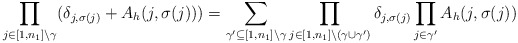
\begin{align*}\prod\limits_{j\in [1,n_1]\setminus\gamma}(\delta_{j,\sigma(j)}+A_h(j,\sigma(j)))=\sum\limits_{\gamma'\subseteq [1,n_1]\setminus\gamma}\prod\limits_{j\in[1,n_1]\setminus(\gamma\cup\gamma')}\delta_{j,\sigma(j)}\prod\limits_{j\in\gamma'}A_h(j,\sigma(j))\end{align*}